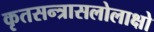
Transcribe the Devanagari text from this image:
कृतसन्त्रासलोलाक्षो